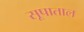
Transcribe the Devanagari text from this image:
सूपाताल